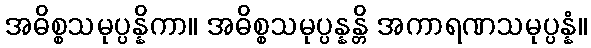
အဓိစ္စသမုပ္ပန္နိကာ။ အဓိစ္စသမုပ္ပန္နန္တိ အကာရဏသမုပ္ပန္နံ။